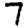
Digit: 7